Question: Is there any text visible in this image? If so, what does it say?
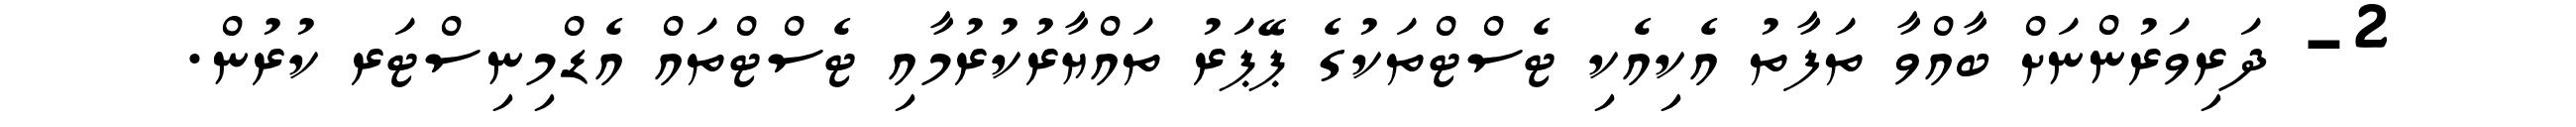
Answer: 2- ދަރިވަރުންނަށް ބާއްވާ ތަފާތު އެކިއެކި ޓެސްޓްތަކުގެ ޕޭޕަރު ތައްޔާރުކުރުމާއި ޓެސްޓްތައް އެޑްމިނިސްޓަރ ކުރުން.